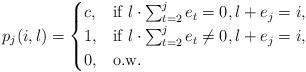
LaTeX: \begin{align*} p_j(i,l) = \begin{cases} c, & \textrm{if } l \cdot \sum_{t=2}^{j} e_t=0, l+e_j = i,\\ 1, & \textrm{if } l \cdot \sum_{t=2}^{j} e_t\neq 0, l+e_j = i,\\ 0, & \textrm{o.w.} \end{cases}\end{align*}